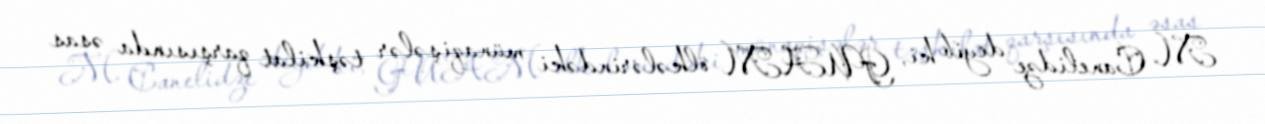
M. Canelidze deyib ki, GUAM ölkələrindəki münaqişələr təşkilat qarşısında əsas